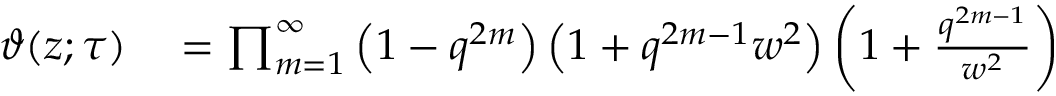
\begin{array} { r l } { \vartheta ( z ; \tau ) } & { { } = \prod _ { m = 1 } ^ { \infty } \left( 1 - q ^ { 2 m } \right) \left( 1 + q ^ { 2 m - 1 } w ^ { 2 } \right) \left( 1 + { \frac { q ^ { 2 m - 1 } } { w ^ { 2 } } } \right) } \end{array}